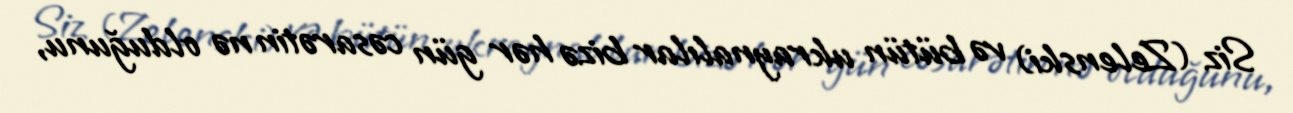
Siz (Zelenski) və bütün ukraynalılar bizə hər gün cəsarətin nə olduğunu,